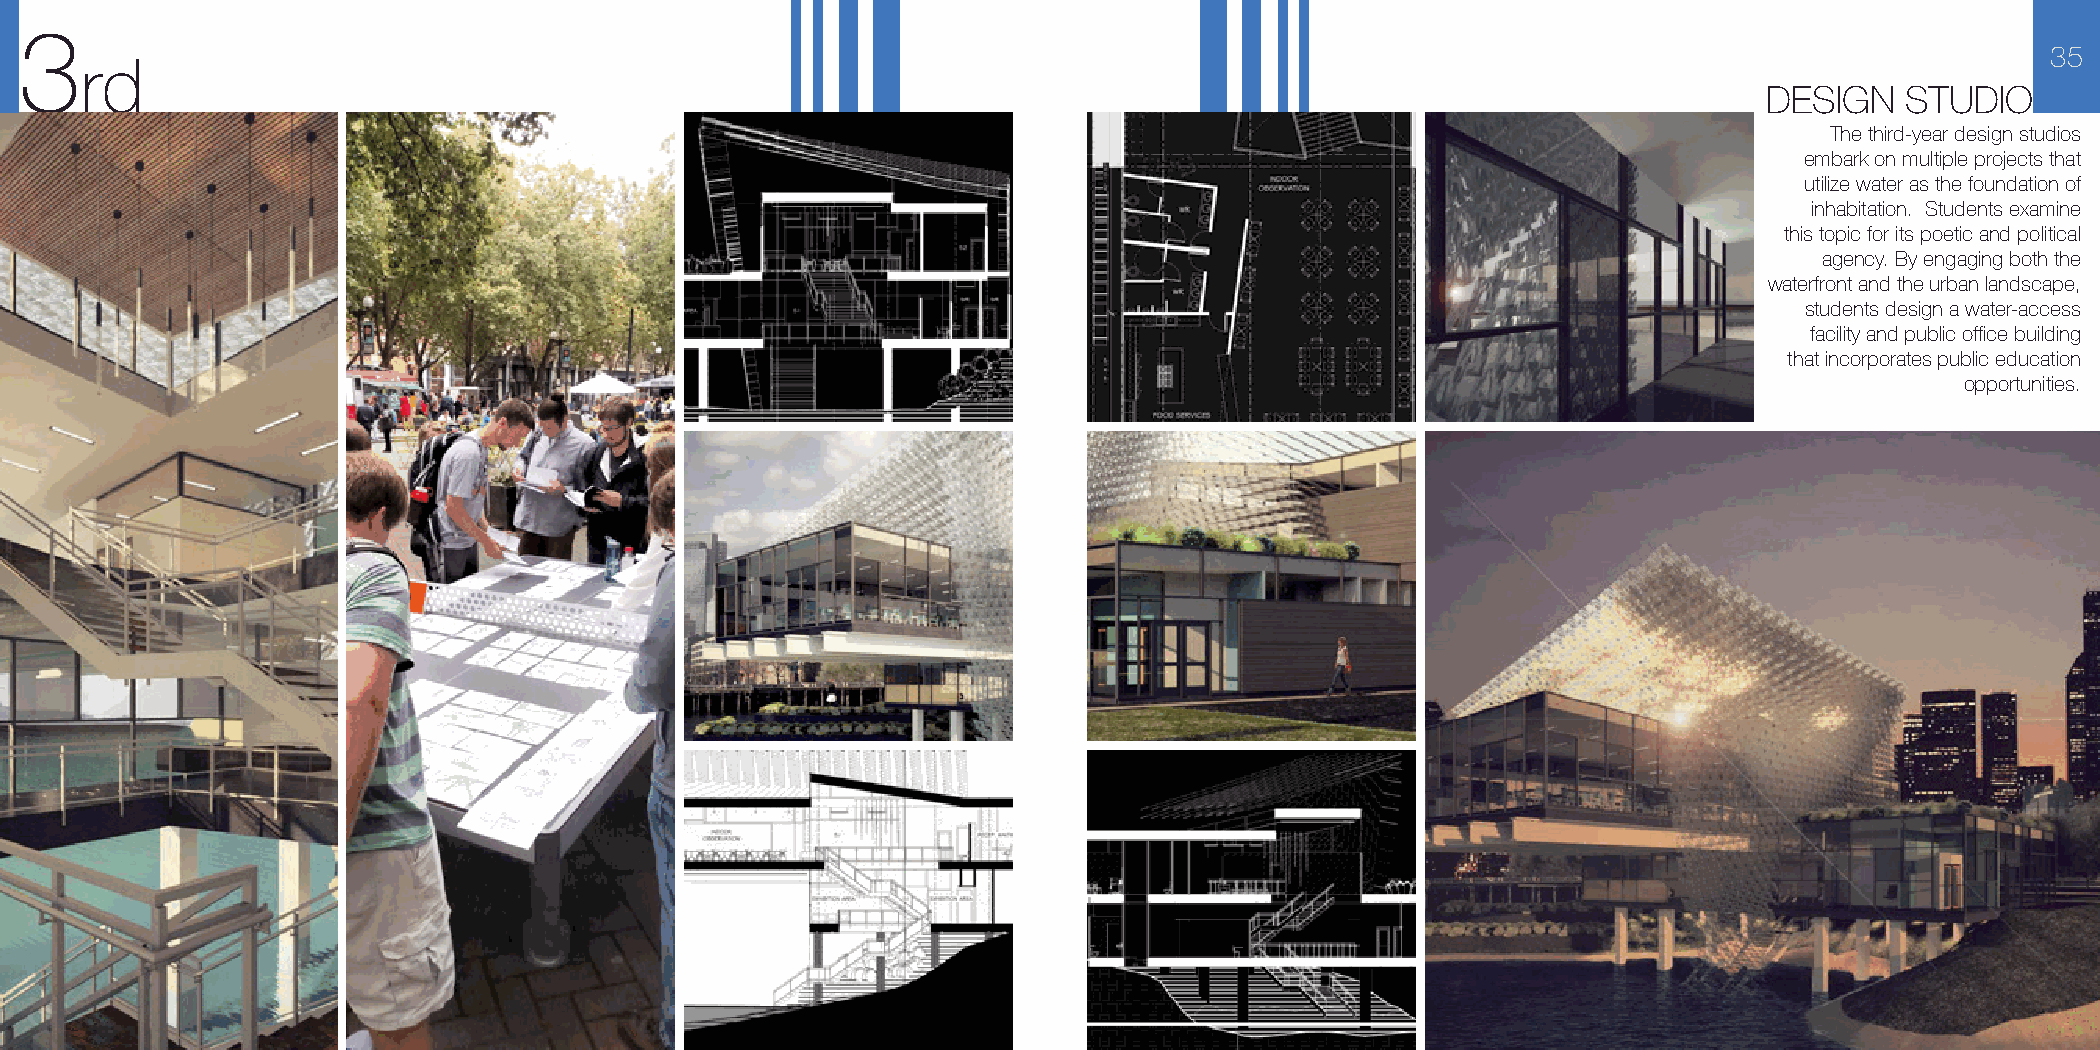
3
 35
 rd
 DESIGN   STUDIO
 The third-year design studios
 embark on multiple projects that
 utilize water as the foundation of
 inhabitation. Students examine
 this topic for its poetic and political
 agency. By engaging both the
 waterfront and the urban landscape,
 students design a water-access
 facility and public office building
 that incorporates public education
 opportunities.